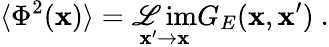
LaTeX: \langle\Phi^{2}(\mathbf{x})\rangle=\operatorname*{\mathscr{L}im}_{\mathbf{x}^{\prime}\to\mathbf{x}}G_{E}(\mathbf{x},\mathbf{x}^{\prime})\ .